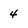
Character: 4